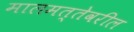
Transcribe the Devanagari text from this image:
मालमत्तेवरील